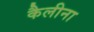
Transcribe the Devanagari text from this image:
कैलीना